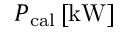
P _ { \mathrm { c a l } } \, \mathrm { [ k W ] }